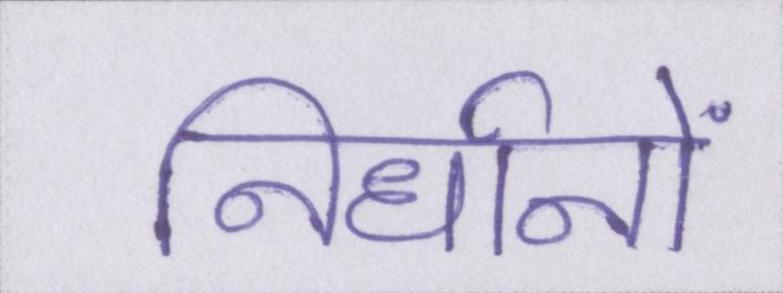
निर्धानों